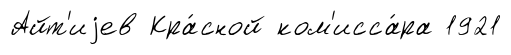
Айт'иjев Кра́сной ком'исса́ра 1921